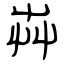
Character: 芔